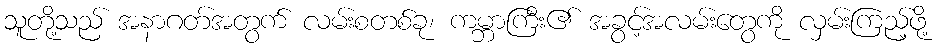
သူတို့သည် အနာဂတ်အတွက် လမ်းစတစ်ခု၊ ကမ္ဘာကြီး၏ အခွင့်အလမ်းတွေကို လှမ်းကြည့်ဖို့